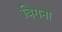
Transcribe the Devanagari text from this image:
बिगना